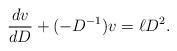
LaTeX: \begin{align*}\begin{aligned}\frac{dv}{dD}&+(-D^{-1})v=\ell D^2.\end{aligned}\end{align*}